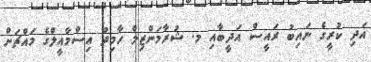
އަދި ކުރީގެ ނައިބު ރައީސް އަދީބާއި މ. ޝުރާމަންޒިލް ހާމިދު އިސްމާއީލްގެ މައްޗަށް